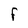
Character: F